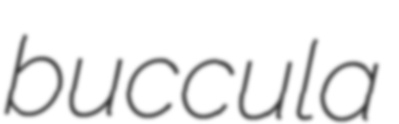
buccula